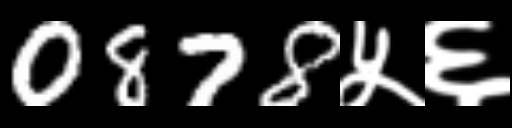
Text: 0878५६